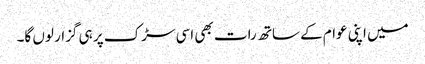
میں اپنی عوام کے ساتھ رات بھی اسی سڑک پر ہی گزار لوں گا۔